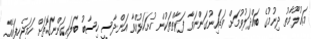
މަޢުލޫމާތު ދިނުމުގެ ބައްދަލުވުމަށް ވަޑައިނުގަންނަވާ ފަރާތްތަކުން ހުށަހަޅުއްވާ އަންދާސީ ހިސާބު ބަލައިގަންނަގޮތަށް ހަމަޖެހިފައެއް